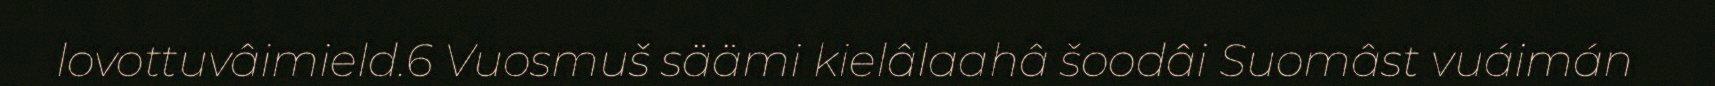
lovottuvâimield.6 Vuosmuš säämi kielâlaahâ šoodâi Suomâst vuáimán